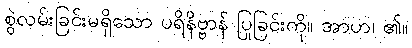
စွဲလမ်းခြင်းမရှိသော ပရိနိဗ္ဗာန် ပြုခြင်းကို။ အာဟ၊ ၏။